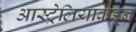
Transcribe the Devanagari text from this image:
आस्ट्रेलियाकडून